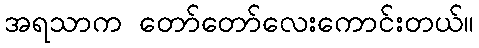
အရသာက တော်တော်လေးကောင်းတယ်။